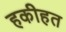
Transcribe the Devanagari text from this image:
हकीहत